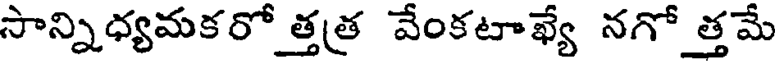
సాన్నిధ్యమకరో త్తత్ర వేంకటాఖ్యే నగోత్తమే